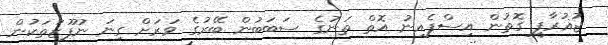
ޖުޣުރާފީ ގޮތުން އިސްޕެއިނު އޮތް ތަނުގެ ސަބަބުން ބޭރުގެ ވަރަށް ގިނަ ނުފޫޒުތަކުން